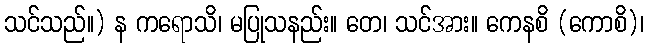
သင်သည်။) န ကရောသိ၊ မပြုသနည်း။ တေ၊ သင်အား။ ကေနစိ (ကောစိ)၊